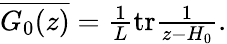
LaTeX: \begin{array}{r}{\overline{{G_{0}(z)}}=\frac{1}{L}\mathrm{tr}\frac{1}{z-H_{0}}.}\end{array}